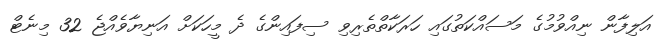
އަލިފާން ނިއްވުމުގެ މަސައްކަތުގައި ހަރަކާތްތެރިވި ސިފައިންގެ ދެ މީހަކަށް އަނިޔާވެއްޖެ 32 މިނެޓް